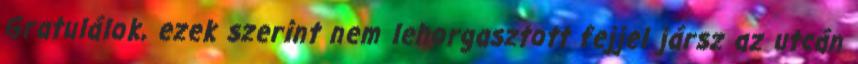
Gratulálok, ezek szerint nem lehorgasztott fejjel jársz az utcán